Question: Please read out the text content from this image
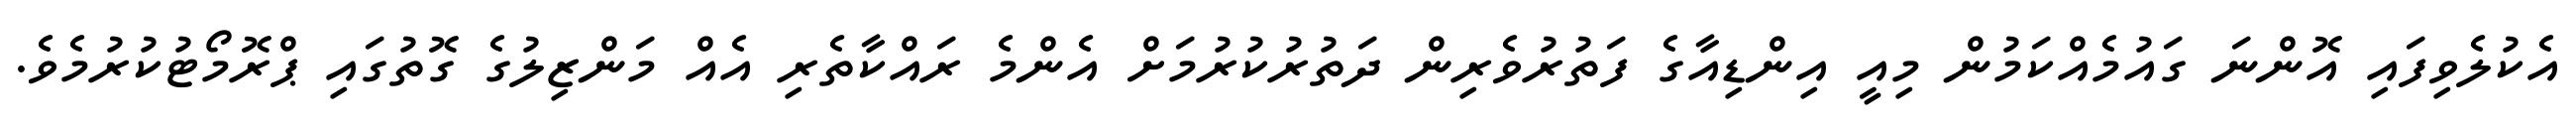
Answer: އެކުލެވިފައި އޮންނަ ގައުމެއްކަމުން މިއީ އިންޑިއާގެ ފަތުރުވެރިން ދަތުރުކުރުމަށް އެންމެ ރައްކާތެރި އެއް މަންޒިލުގެ ގޮތުގައި ޕްރޮމޯޓުކުރުމެވެ.